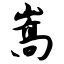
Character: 嵩